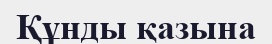
Құнды қазына